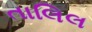
તાલિલ